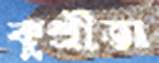
কুশ্রীতা